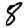
Digit: 8